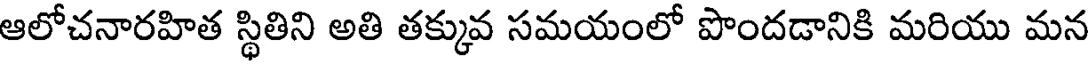
ఆలోచనారహిత స్థితిని అతి తక్కువ సమయంలో పొందడానికి మరియు మన